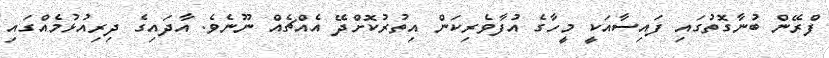
ފްރޭން ބުނާގޮތުގައި ފައިސާއަކީ މީހާގެ އުފާވެރިކަން އިތުރުކޮށްދޭ އެއްޗެއް ނޫނެވެ. އާދައިގެ ދިރިއުޅުމެއްގައި